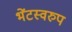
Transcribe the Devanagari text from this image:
भेंटस्‍वरुप